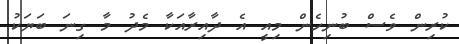
ކުރިން ވެސް ބުނިހެން މިއީ އެ ދާއިރާއަކާ މެދު މާ ގިނަ ބަޔަކު